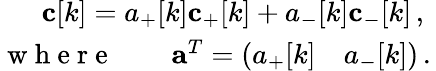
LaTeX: \begin{array}{r}{\mathbf{c}[k]=a_{+}[k]\mathbf{c}_{+}[k]+a_{-}[k]\mathbf{c}_{-}[k]\, ,\ }\\ {\mathrm{~w~h~e~r~e~}\qquad\mathbf{a}^{T}=\left(\begin{array}{ll}{a_{+}[k]}&{a_{-}[k]}\end{array}\right)\, .\, }\end{array}